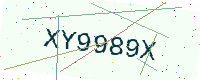
Text: XY9989X